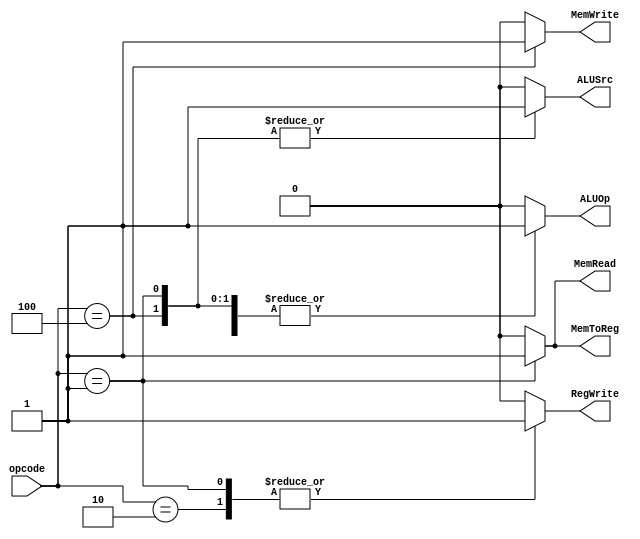
`timescale 1ns / 1ps
//////////////////////////////////////////////////////////////////////////////////
// Company: 
// Engineer: 
// 
// Design Name: 
// Module Name: control_unit
// Project Name: 
// Target Devices: 
// Tool Versions: 
// Description: 
// 
// Dependencies: 
// 
// Revision:
// Revision 0.01 - File Created
// Additional Comments:
// 
//////////////////////////////////////////////////////////////////////////////////


module control_unit(
    // Input is a 3 bit opcode.
    input [2:0] opcode,
    
    // Output are control signals to other components.
    output reg ALUOp,
    output reg RegWrite,
    output reg MemRead,
    output reg MemWrite,
    output reg ALUSrc,
    output reg MemToReg
    
 );
 // Switch case based on the 2 bit opcode and set the signals accordingly.
 always @(*)
 begin
    case(opcode)
        // I type load(lw) instruction : opcode - 001
        3'b001: begin
                RegWrite = 1'b1;
                MemRead = 1'b1;
                MemToReg = 1'b1;
                ALUSrc = 1'b1;
                ALUOp = 1'b1;
                MemWrite = 1'b0;
                end
    
        // I type store(sw) instrcution : opcode - 100
        3'b100: begin
                ALUOp = 1'b1;
                MemWrite = 1'b1;
                ALUSrc = 1'b1;
                MemRead = 1'b0;
                MemToReg = 1'b0;
                RegWrite = 1'b0;
                end
            
        // R type add(add) instrcution : opcode - 010
        3'b010: begin
                RegWrite = 1'b1;
                ALUOp = 1'b1;
                ALUSrc = 1'b0;
                MemRead = 1'b0;
                MemWrite = 1'b0;
                MemToReg = 1'b0;
                end  
                
        // If none of the opcode matches, set all signals to 0.      
        default: begin
                RegWrite = 1'b0;
                ALUOp = 1'b0;
                ALUSrc = 1'b0;
                MemRead = 1'b0;
                MemWrite = 1'b0;
                MemToReg = 1'b0;
                end  
    endcase       
  end
endmodule